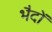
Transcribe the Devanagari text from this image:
भैदों